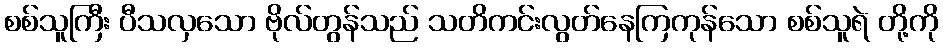
စစ်သူကြီး ပီသလှသော ဗိုလ်တွန်သည် သတိကင်းလွတ်နေကြကုန်သော စစ်သူရဲ တို့ကို